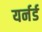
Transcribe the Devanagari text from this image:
यर्नर्ड